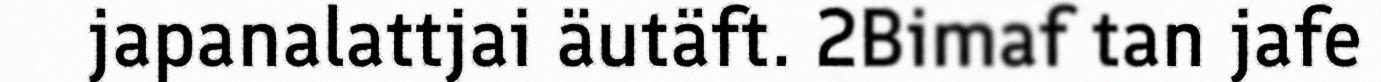
japanalattjai äutäft. 2Bimaf tan jafe